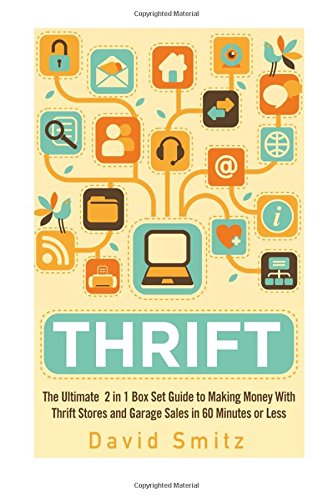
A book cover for Thrift: The Ultimate 2 in 1 Box Set Guide to Making Money With Thrift Stores and Garage Sales in 60 Minutes or Less (Thrift Store - Thrifting - Make ... on Amazon - Selling on Ebay - Picking); David Smitz; Computers & Technology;